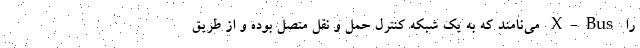
را X-Bus می‌نامند که به یک شبکه کنترل حمل و نقل متصل بوده و از طریق